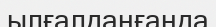
ылғалданғанда